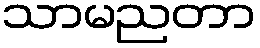
သာမညတာ